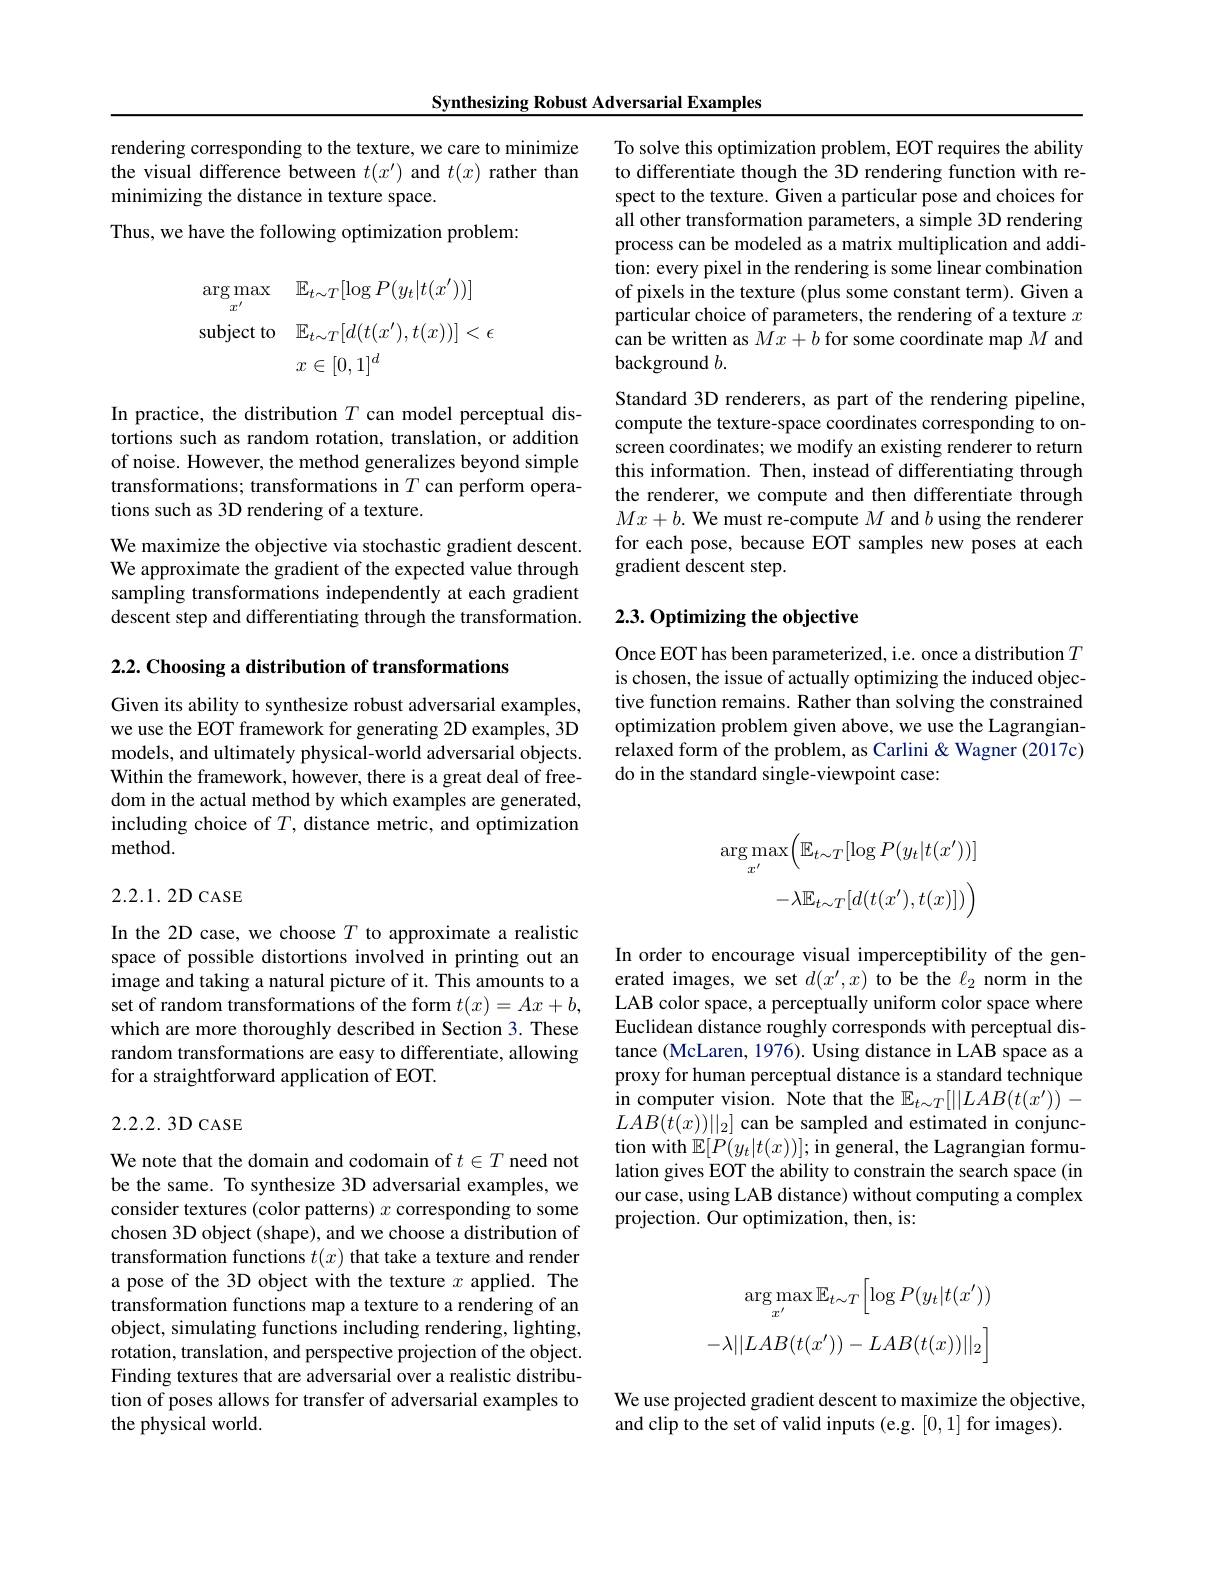
Synthesizing Robust Adversarial Examples

rendering corresponding to the texture, we care to minimize To solve this optimization problem, EOT requires the ability the visual difference between $t(x^{\prime})$ and $t(x)$ rather than to differentiate though the 3D rendering function with reminimizing the distance in texture space.
Thus, we have the following optimization problem:
$$\begin{aligned}&\arg\max_{x^{\prime}}&&\mathbb{E}_{t\sim T}[\log P(y_{t}|t(x^{\prime}))]\\&\mathrm{subject~to}&&\mathbb{E}_{t\sim T}[d(t(x^{\prime}),t(x))]<\epsilon\\&&&x\in[0,1]^{d}\end{aligned}$$
In practice, the distribution $T$ can model perceptual distortions such as random rotation, translation, or addition of noise. However, the method generalizes beyond simple transformations; transformations in $T$ can perform operations such as 3D rendering of a texture.
We maximize the objective via stochastic gradient descent. We approximate the gradient of the expected value through sampling transformations independently at each gradient descent step and differentiating through the transformation.

$2. 2. \textbf{Choosing a distribution of transformations}$

Given its ability to synthesize robust adversarial examples, we use the EOT framework for generating 2D examples, 3D models, and ultimately physical-world adversarial objects. Within the framework, however, there is a great deal of freedom in the actual method by which examples are generated, including choice of $T$, distance metric, and optimization method.

## 2.2.1.2D CASE

In the 2D case, we choose $T$ to approximate a realistic space of possible distortions involved in printing out an image and taking a natural picture of it. This amounts to a set of random transformations of the form $t( x) = Ax+ b$, LAB color space, a perceptually uniform color space where
which are more thoroughly described in Section 3. These random transformations are easy to differentiate, allowing for a straightforward application of EOT.

## 2.2.2.3D CASE

We note that the domain and codomain of $t\in T$ need not be the same. To synthesize 3D adversarial examples, we consider textures (color patterns) $x$ corresponding to some chosen 3D object (shape), and we choose a distribution of transformation functions $t(x)$ that take a texture and render a pose of the 3D object with the texture $x$ applied. The transformation functions map a texture to a rendering of an object, simulating functions including rendering, lighting, rotation, translation, and perspective projection of the object. Finding textures that are adversarial over a realistic distribution of poses allows for transfer of adversarial examples to the physical world.

spect to the texture. Given a particular pose and choices for all other transformation parameters, a simple 3D rendering process can be modeled as a matrix multiplication and addition: every pixel in the rendering is some linear combination of pixels in the texture (plus some constant term). Given a particular choice of parameters, the rendering of a texture $x$ can be written as $Mx+b$ for some coordinate map $M$ and background $b.$
Standard 3D renderers, as part of the rendering pipeline, compute the texture-space coordinates corresponding to onscreen coordinates; we modify an existing renderer to return this information. Then, instead of differentiating through the renderer, we compute and then differentiate through $Mx+ b. \textbf{ We must re- compute }M$ and $b$ using the renderer for each pose, because EOT samples new poses at each gradient descent step.

## 2.3. Optimizing the objective

Once EOT has been parameterized, i.e. once a distribution $T$ is chosen, the issue of actually optimizing the induced objective function remains. Rather than solving the constrained optimization problem given above, we use the Lagrangianrelaxed form of the problem, as Carlini & Wagner (2017c) do in the standard single-viewpoint case:
$$\arg\max_{x^{\prime}}\Big(\mathbb{E}_{t\sim T}[\log P(y_{t}|t(x^{\prime}))]\\-\lambda\mathbb{E}_{t\sim T}[d(t(x^{\prime}),t(x)])\Big)$$
In order to encourage visual imperceptibility of the generated images, we set $d(x^{\prime},x)$ to be the $\ell_2$ norm in the Euclidean distance roughly corresponds with perceptual distance (McLaren, 1976). Using distance in LAB space as a proxy for human perceptual distance is a standard technique in computer vision. Note that the $\mathbb{E}_{t\sim T}[||LAB(t(x^{\prime}))-$ $LAB(t(x))||_2]$ can be sampled and estimated in conjunction with $\mathbb{E}[P(y_{t}|t(x))];$in general, the Lagrangian formulation gives EOT the ability to constrain the search space (in our case, using LAB distance) without computing a complex projection. Our optimization, then, is:
$$\arg\max_{x^{\prime}}\mathbb{E}_{t\sim T}\Big[\log P(y_{t}|t(x^{\prime}))\\-\lambda||LAB(t(x^{\prime}))-LAB(t(x))||_{2}\Big]$$
We use projected gradient descent to maximize the objective,
and clip to the set of valid inputs (e.g. [0,1] for images).